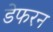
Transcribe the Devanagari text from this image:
डेफरन